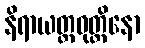
နိရာယတ္တဝုတ္တိနော